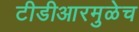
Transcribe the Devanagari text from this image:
टीडीआरमुळेच